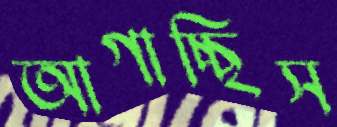
আগাচ্ছিস